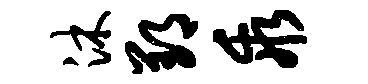
沐郢乖